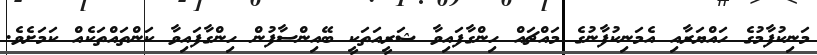
މަނިކުފާމުގެ ހައްޔަރާއި އެމަނިކުފާނުގެ މައްޗައް ހިންގާފައިވާ ޝަރީއަތަކީ ބޭއިންސާފުން ހިންގާފައިވާ ކަންތައްތަކެއް ކަމަށެވެ.